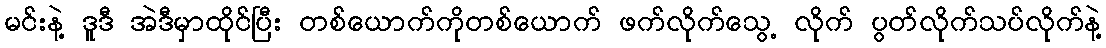
မင်းနဲ့ ဒူဒီ အဲဒီမှာထိုင်ပြီး တစ်ယောက်ကိုတစ်ယောက် ဖက်လိုက်သွေ့ လိုက် ပွတ်လိုက်သပ်လိုက်နဲ့